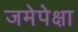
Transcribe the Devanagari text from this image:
जमेपेक्षा